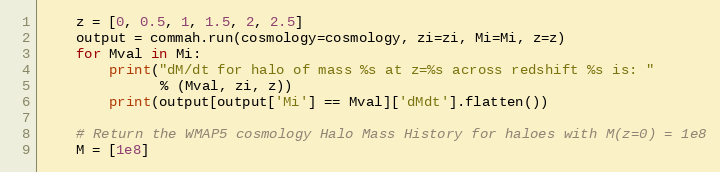
Language: Python
    z = [0, 0.5, 1, 1.5, 2, 2.5]
    output = commah.run(cosmology=cosmology, zi=zi, Mi=Mi, z=z)
    for Mval in Mi:
        print("dM/dt for halo of mass %s at z=%s across redshift %s is: "
              % (Mval, zi, z))
        print(output[output['Mi'] == Mval]['dMdt'].flatten())

    # Return the WMAP5 cosmology Halo Mass History for haloes with M(z=0) = 1e8
    M = [1e8]